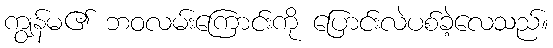
ကျွန်မ၏ ဘဝလမ်းကြောင်းကို ပြောင်းလဲပစ်ခဲ့လေသည်။